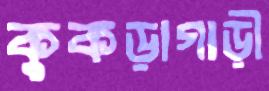
কুকড়াগাড়ী